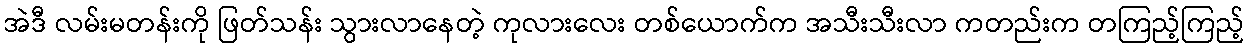
အဲဒီ လမ်းမတန်းကို ဖြတ်သန်း သွားလာနေတဲ့ ကုလားလေး တစ်ယောက်က အသီးသီးလာ ကတည်းက တကြည့်ကြည့်